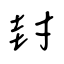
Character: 封